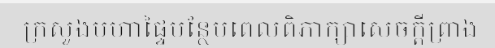
ក្រសួងមហាផ្ទៃបន្ថែមពេលពិភាក្សាសេចក្តីព្រាង